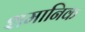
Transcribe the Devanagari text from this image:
शमानिक